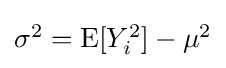
{\textstyle \sigma ^{2}=\operatorname {E} [Y_{i}^{2}]-\mu ^{2}}